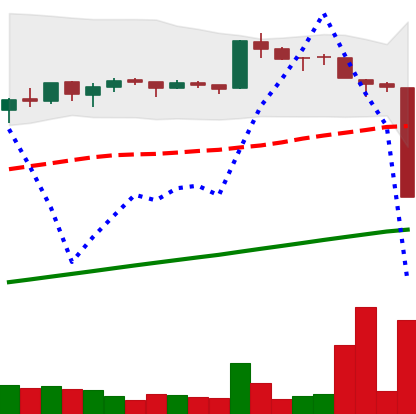
Ticker: BTC-USD
Chart end date: 2016-01-15
Forward return: 15.343%
Label: up_7plus